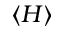
\left\langle { H } \right\rangle